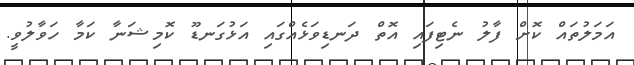
އަމަލުތައް ކޮށް ފާލު ނެޓިފައި އޮތް ދަނޑިވަޅެއްގައި އަޅުގަނޑޫ ކޮމިޝަނާ ކަމާ ހަވާލުވީ.